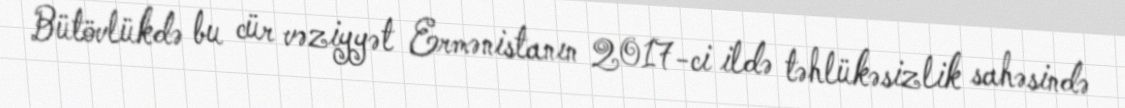
Bütövlükdə bu cür vəziyyət Ermənistanın 2017-ci ildə təhlükəsizlik sahəsində